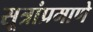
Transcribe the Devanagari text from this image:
सूत्रांप्रमाणे